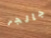
جالجر